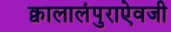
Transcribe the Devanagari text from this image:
क्वालालंपुराऐवजी